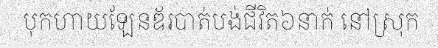
បុកហាយឡែនឌ័របាត់បង់ជីវិត៦នាក់ នៅស្រុក